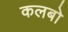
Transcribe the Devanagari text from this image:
कलबो